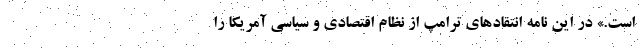
است.» در این نامه انتقادهای ترامپ از نظام اقتصادی و سیاسی آمریکا را